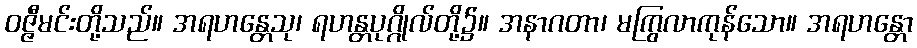
ဝဇ္ဇီမင်းတို့သည်။ အရဟန္တေသု၊ ရဟန္တပုဂ္ဂိုလ်တို့၌။ အနာဂတာ၊ မကြွလာကုန်သော။ အရဟန္တော